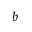
b